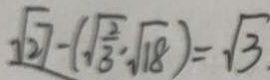
\sqrt { 2 7 } - ( \sqrt { \frac { 2 } { 3 } } \cdot \sqrt { 1 8 } ) = \sqrt { 3 }